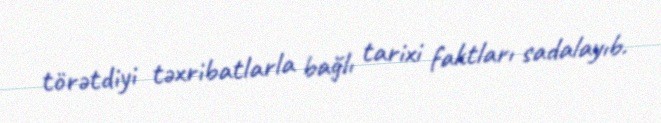
törətdiyi təxribatlarla bağlı tarixi faktları sadalayıb.